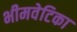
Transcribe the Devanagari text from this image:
भीमवेटिका